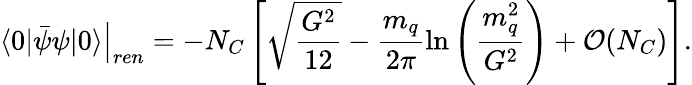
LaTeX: \left.\langle 0|\bar{\psi}\psi|0\rangle\right|_{ren}=-N_{C}\left[\sqrt{\frac{G^{2}}{12}}-\frac{m_{q}}{2\pi}\ln\left(\frac{m_{q}^{2}}{G^{2}}\right)+{\cal O}(N_{C})\right].